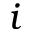
i